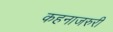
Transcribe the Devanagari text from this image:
कहनाजरुरी